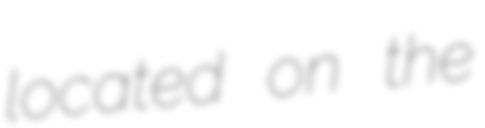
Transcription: located on the